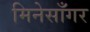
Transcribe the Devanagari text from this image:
मिनेसाँगर